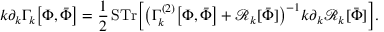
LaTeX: k \partial _ { k } \Gamma _ { k } { \big [ } \Phi , { \bar { \Phi } } { \big ] } = { \frac { 1 } { 2 } } \, { \mathrm { S T r } } { \Big [ } { \big ( } \Gamma _ { k } ^ { ( 2 ) } { \big [ } \Phi , { \bar { \Phi } } { \big ] } + { \mathcal { R } } _ { k } [ { \bar { \Phi } } ] { \big ) } ^ { - 1 } k \partial _ { k } { \mathcal { R } } _ { k } [ { \bar { \Phi } } ] { \Big ] } .